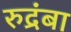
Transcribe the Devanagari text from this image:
रुद्रंबा